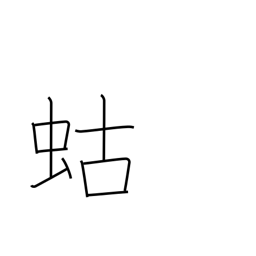
Meaning: mole cricket